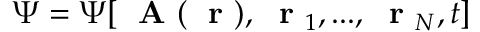
\Psi = \Psi [ \mathrm { ~ \bf ~ A ~ } ( \mathrm { ~ \bf ~ r ~ } ) , \mathrm { ~ \bf ~ r ~ } _ { 1 } , . . . , \mathrm { ~ \bf ~ r ~ } _ { N } , t ]